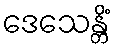
ဒေသေန္တိံ